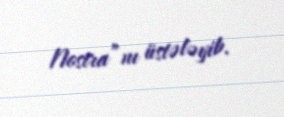
Nostra”nı üstələyib.